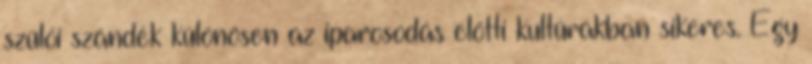
szülői szándék különösen az iparosodás előtti kultúrákban sikeres. Egy